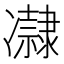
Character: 𠘞